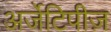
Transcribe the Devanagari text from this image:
अर्जेटिपीज़